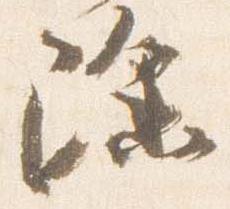
除